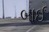
બાઈ